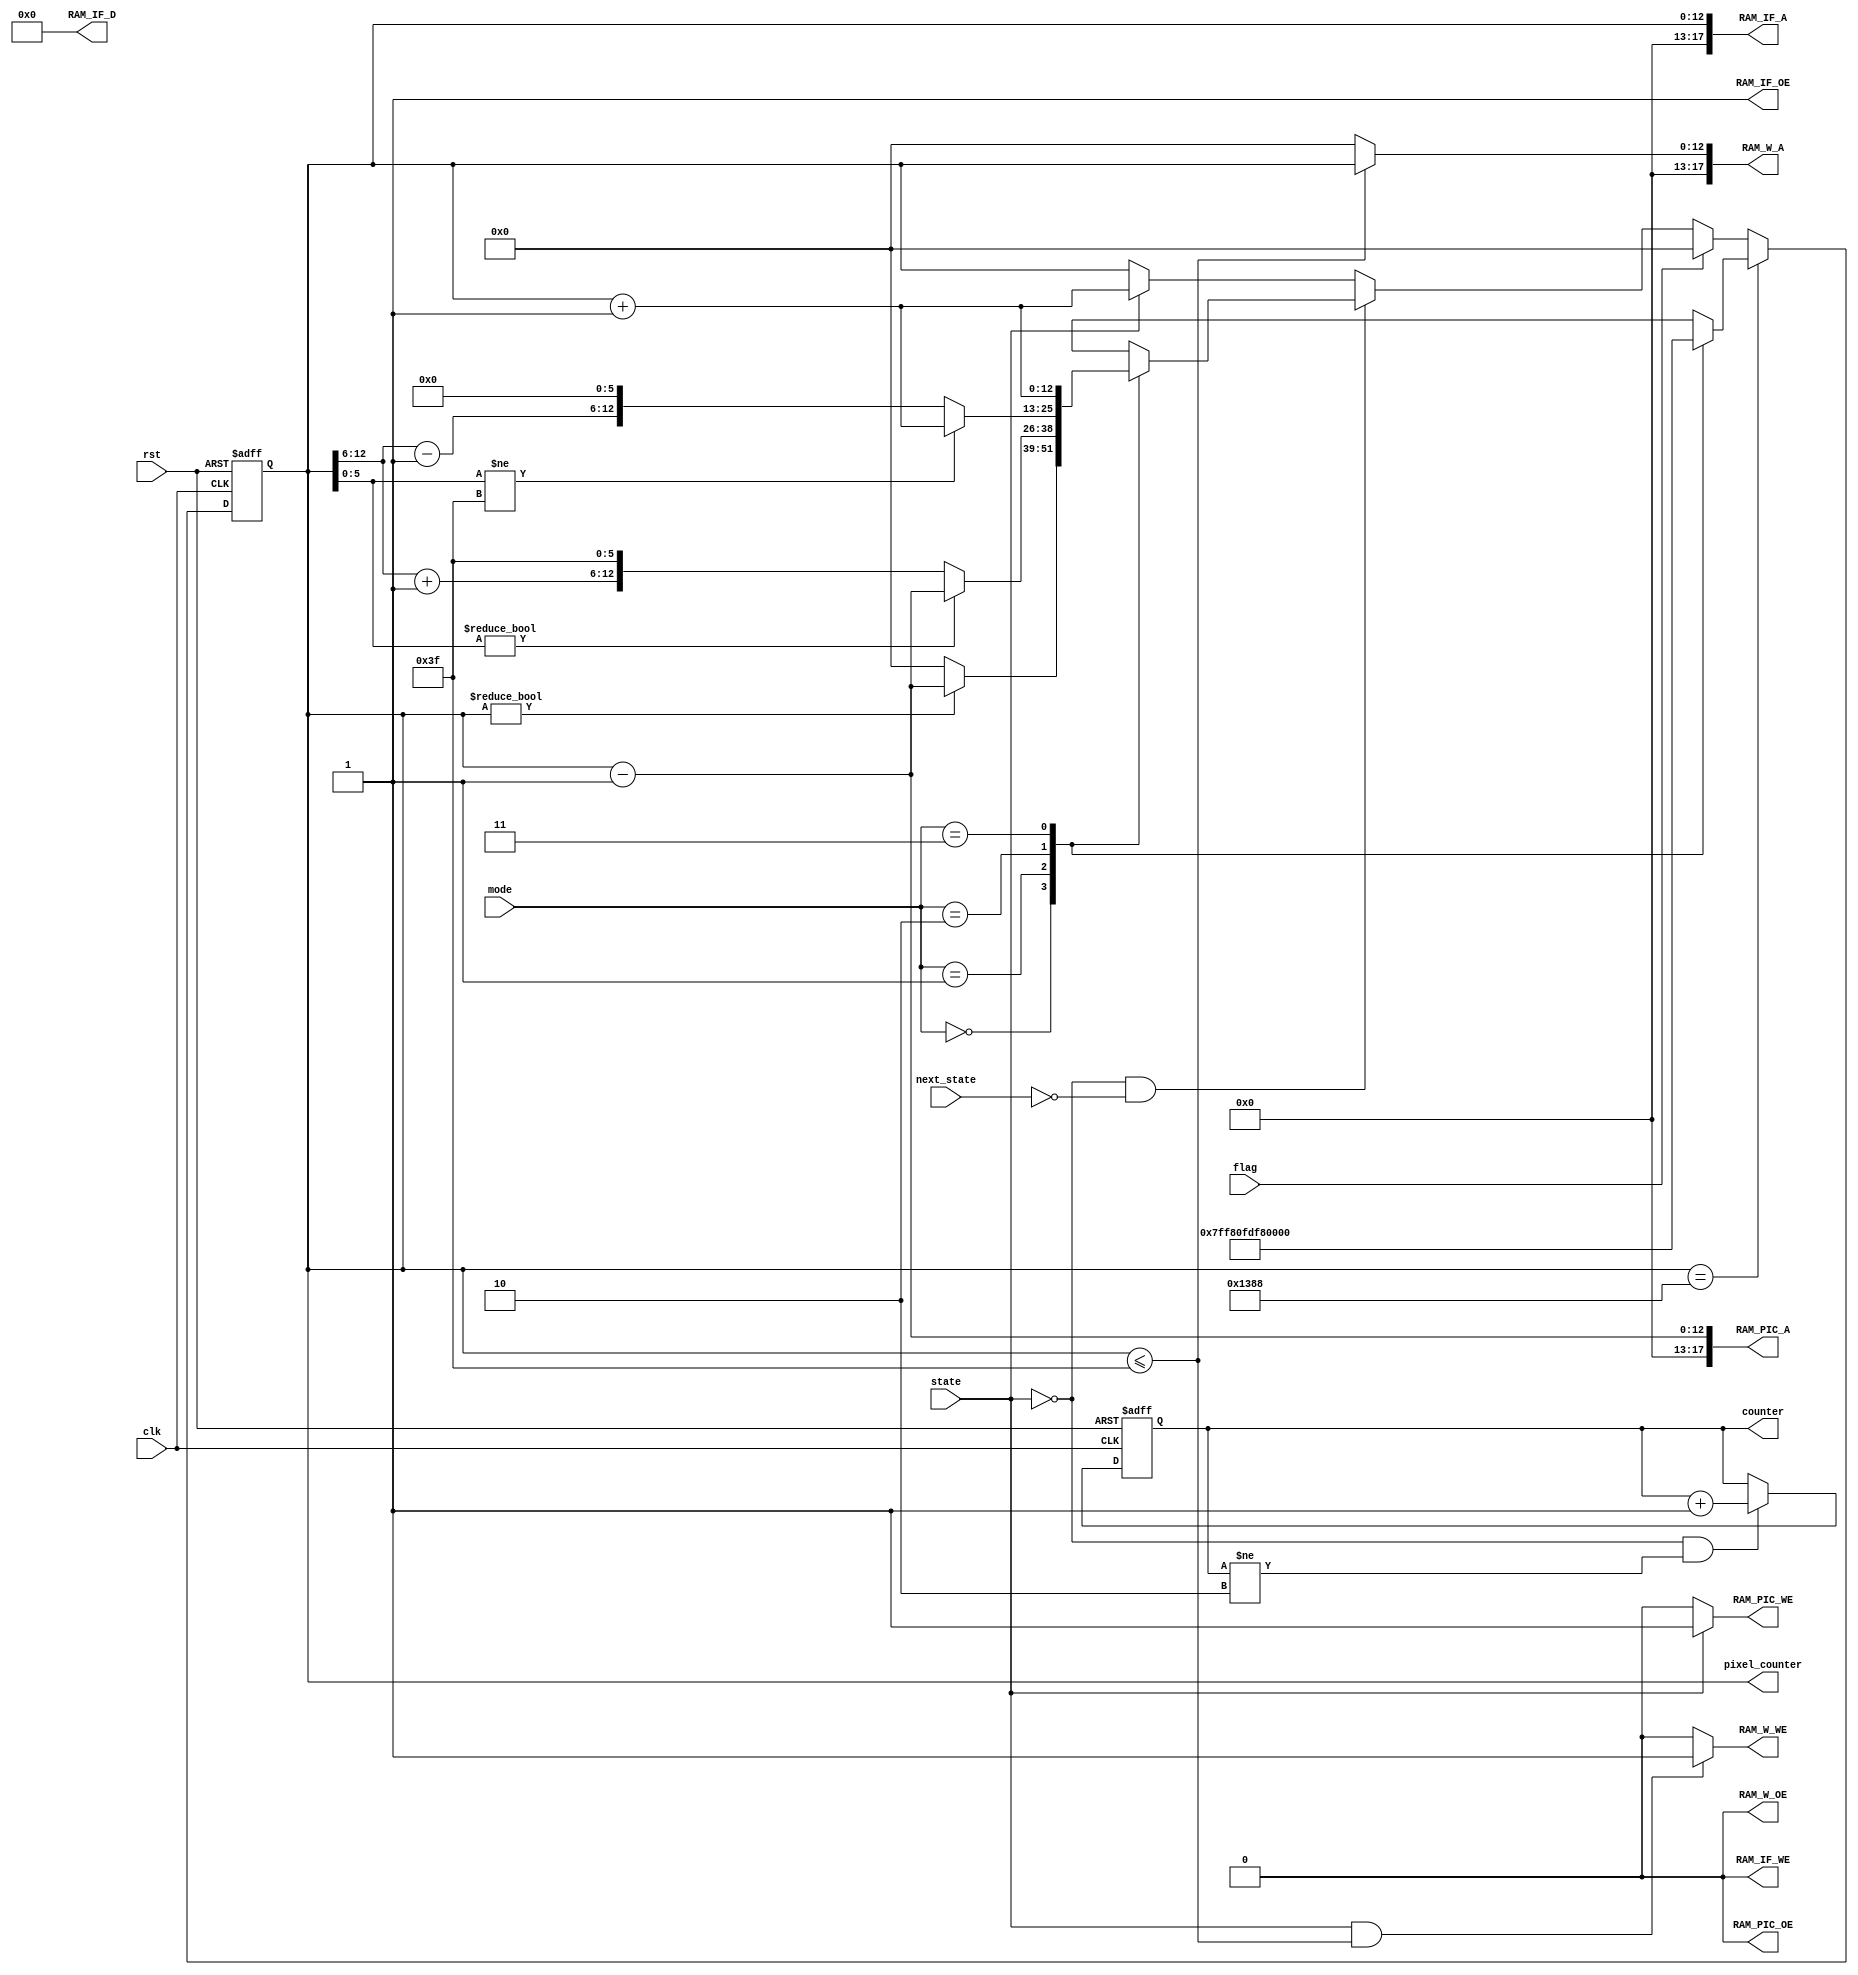
module controller(
  input                 clk,
  input                 rst,
  input   [1:0]         mode,
  input            state,
  input            next_state,
  input            flag,
  //input   [24*64 - 1:0] weight,
  //input   [2:0]         winner_VEP_x,
  //input   [2:0]         winner_VEP_y,
  //output  reg      state1_counter,
  output  reg  [12:0]   pixel_counter,
  output                RAM_IF_OE,
  output                RAM_IF_WE,
  output  [17:0]        RAM_IF_A,
  output  [23:0]        RAM_IF_D,
  output                RAM_W_OE,
  output                RAM_W_WE,
  output  [17:0]        RAM_W_A,
  //output  [23:0]        RAM_W_D,
  output                RAM_PIC_OE,
  output                RAM_PIC_WE,
  output  [17:0]        RAM_PIC_A,
  output  reg  [1:0]    counter
  //output  [23:0]        RAM_PIC_D,
  //output                weight_update,
  //output                done
);

parameter //IDLE=2'd0,
		  TRAIN=1'd0,
		  FIND_MIN=1'd1;
		  //WRITE_TAG=3'd3,



//reg [5:0] code_counter;
//reg [12:0] pixel_counter;


assign RAM_IF_WE=1'b0;
assign RAM_IF_D=24'd0;
assign RAM_W_OE=1'b0;
assign RAM_PIC_OE=1'b0;
/*
always@(posedge clk or posedge rst)
	if(rst)
		code_counter<=6'd0;
	else if(state==LOAD_WEIGHT && state1_counter==2'd2)
		code_counter<=code_counter+6'd1;
	else if(state==LOAD_WEIGHT && state1_counter!=2'd2)
		code_counter<=code_counter;
	else
		code_counter<=6'd0;
*/

reg [12:0] pixel_counter_reg;

always@(*)begin
     case(mode)
	  2'd0:pixel_counter_reg = 13'd4095;
	  2'd1:pixel_counter_reg = 13'd63;
	  2'd2:pixel_counter_reg = 13'd4032;
	  2'd3:pixel_counter_reg = 13'd0;
	default: pixel_counter_reg = 13'd0;
     endcase
end


always @(posedge clk or posedge rst) begin
    if (rst) begin
      	pixel_counter<=13'd5000;
    end 
    else if(pixel_counter==13'd5000)
		pixel_counter<=pixel_counter_reg;
	else if (flag)
		pixel_counter <= 13'd0;
    else begin
        if (state == TRAIN  && next_state != FIND_MIN) begin
            case (mode)
                2'd0: pixel_counter <= (pixel_counter != 13'd0) ? pixel_counter - 13'd1 : 13'd0;
                2'd1: begin
                    if (pixel_counter[5:0] != 6'd0) 
                        pixel_counter <= pixel_counter - 13'd1;
                    else 
                        pixel_counter <= {pixel_counter[12:6] + 6'd1, 6'd63};
                end
                2'd2: begin
                    if (pixel_counter[5:0] != 6'd63)
                        pixel_counter <= pixel_counter + 13'd1;
                    else 
                        pixel_counter <= {pixel_counter[12:6] - 6'd1, 6'd0};
                end
                2'd3: pixel_counter <= pixel_counter + 13'd1;
            endcase
        end 
    	else if (state == FIND_MIN)
        	pixel_counter <= pixel_counter + 13'd1;
    	else 
        	pixel_counter <= pixel_counter;
    end
end

always @(posedge clk or posedge rst)
	if(rst)
		counter<=2'd0;
	else if(state == TRAIN && counter!=2'd2)
		counter<=counter+2'd1;
	else
		counter<=counter;

/*always@(posedge clk or posedge rst)
	if(rst)
		state1_counter<=1'd1;
	//else if(state== && state1_counter==2'd2)
	//	state1_counter<=2'd0;
	//else if((state==FIND_MIN || state==TRAIN) && state1_counter==1'd1)
	//	state1_counter<=1'd0;
	else 
		state1_counter<=state1_counter+1'd1;
*/
assign RAM_W_WE=(state==FIND_MIN && pixel_counter<=13'd63)?1'b1:1'b0;

//assign RAM_W_D=24'd0;

assign RAM_W_A=(pixel_counter<=13'd63)?{5'd0,pixel_counter}:18'd0;

assign RAM_IF_A={5'd0,pixel_counter};

assign RAM_IF_OE=1'b1;

assign RAM_PIC_WE=(state==FIND_MIN )?1'b1:1'b0;

assign RAM_PIC_A={5'd0,(pixel_counter-13'd1)};



endmodule